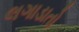
લગાડાતો